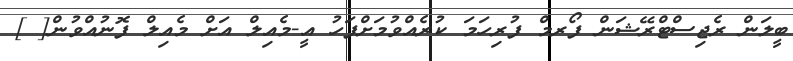
ބީލަން ރެޖިސްޓްރޭޝަން ފޯރމް ފުރިހަމަ ކުރެއްވުމަށްފަހު އީ-މެއިލް އަށް މެއިލް ފޮނުއްވުން[ ]